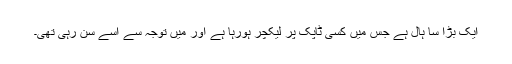
ایک بڑا سا ہال ہے جس میں‌ کسی ٹاپک پر لیکچر ہورہا ہے اور میں‌ توجہ سے اسے سن رہی تھی۔